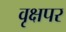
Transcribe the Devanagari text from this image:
वृक्षपर